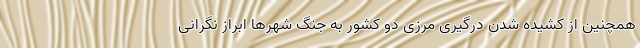
همچنین از کشیده شدن درگیری مرزی دو کشور به جنگ شهرها ابراز نگرانی